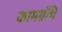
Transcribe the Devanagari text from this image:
कामग्रंथि